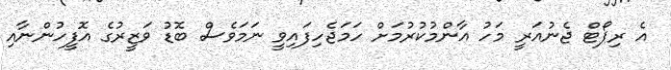
އެ ރިޕޯޓް ޖެނުއަރީ މަހު އާންމުކުރުމަށް ހަމަޖެހިފައިވީ ނަމަވެސް ބޮޑު ވަޒީރުގެ އޮފީހުންނާއި